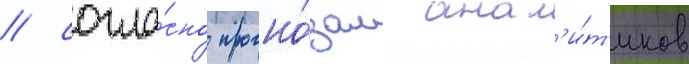
/ согла́сно прогно́зам анал'и́т'иков